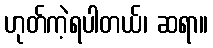
ဟုတ်ကဲ့ရပါတယ်၊ ဆရာ။